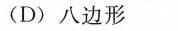
(D)八边形